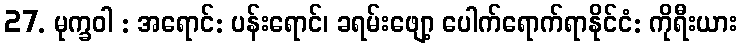
27. မုက္ခဝါ : အရောင်: ပန်းရောင်၊ ခရမ်းဖျော့ ပေါက်ရောက်ရာနိုင်ငံ: ကိုရီးယား